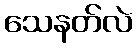
သေနတ်လဲ